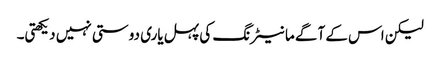
لیکن اس کے آگے مانیٹرنگ کی پہل یاری دوستی نہیں دیکھتی۔